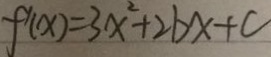
f ^ { \prime } ( x ) = 3 x ^ { 2 } + 2 b x + c